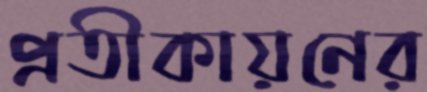
প্রতীকায়নের